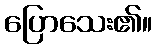
ပြောသေး၏။